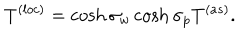
LaTeX: T ^ { ( l o c ) } = \cosh \sigma _ { w } \cosh \sigma _ { p } T ^ { ( a s ) } .